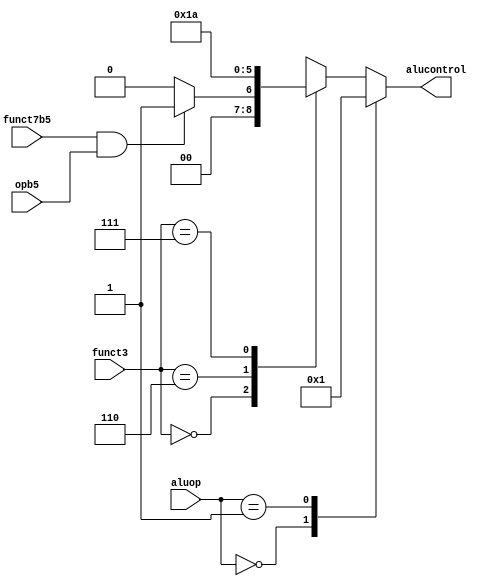
module alu_decoder (
   opb5,
   funct3,
   funct7b5,
   aluop,
   alucontrol
);

input              opb5;
input       [2:0]  funct3;
input              funct7b5;
input       [1:0]  aluop;
output reg  [2:0]  alucontrol;

//=== Wire's, reg's and etc... ===
wire RtypeSub;

//=== Assignments ===
assign RtypeSub = funct7b5 & opb5;

//=== Logic section ===
always @(*)
begin
   case(aluop)
      2'b00: alucontrol = 3'b000;   // addition
      2'b01: alucontrol = 3'b001;   // subtraction
      default: case(funct3)
                  3'b000: if (RtypeSub)
                              alucontrol = 3'b001; //sub
                          else
                              alucontrol = 3'b000; // add, addi
                  3'b110: alucontrol = 3'b011;     // or, ori
                  3'b111: alucontrol = 3'b010;     // and, andi
                  default: alucontrol = 3'bxxx;    //
               endcase
   endcase
end
endmodule